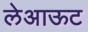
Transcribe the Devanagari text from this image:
लेअाऊट